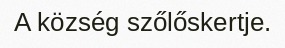
A község szőlőskertje.